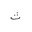
Letter: _tha